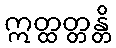
ဣတ္ထတ္တန္တိ